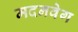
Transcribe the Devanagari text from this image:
मदनवेग